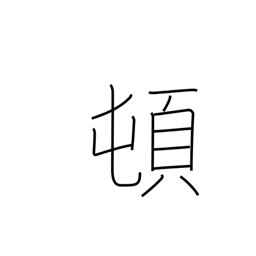
Meaning: suddenly